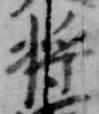
将